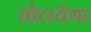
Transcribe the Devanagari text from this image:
लौटायेगा